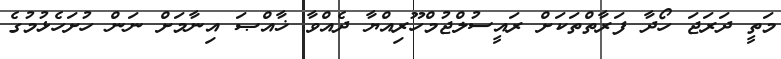
މަތީ ދަރަޖަ ހޯދާ ފަރާތްތަކަށް ރައީސުލްޖުމްހޫރިއްޔާ ދެއްވާ ޚާއްޞަ އިނާމަށް ނަން ހުށަހެޅުމުގެ